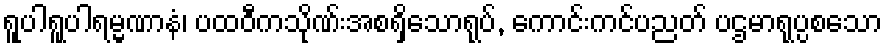
ရူပါရူပါရမ္မဏာနံ၊ ပထဝီကသိုဏ်းအစရှိသောရုပ်, ကောင်းကင်ပညတ် ပဌမာရုပ္ပစသော